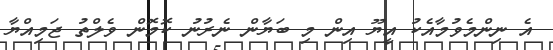
އެ ނިންމެވުމާއެކު އީޔޫ އިން މި ބަޔާން ނެރުނު ކޮމޮން ވެލްތު ޖަމިއްޔާ